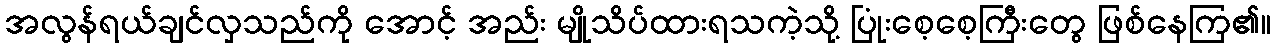
အလွန်ရယ်ချင်လှသည်ကို အောင့် အည်း မျိုသိပ်ထားရသကဲ့သို့ ပြုံးစေ့စေ့ကြီးတွေ ဖြစ်နေကြ၏။